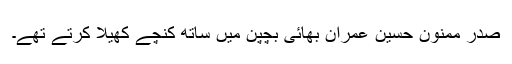
صدر ممنون حسین عمران بھائی بچپن میں ساتھ کنچے کھیلا کرتے تھے۔